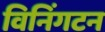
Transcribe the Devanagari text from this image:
विनिंगटन